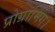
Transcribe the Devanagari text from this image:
प्रोग्रामिंग।